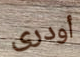
أودرى